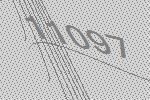
11097